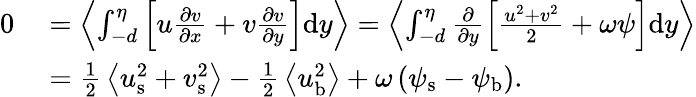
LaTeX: \begin{array}{rl}{0\ }&{=\left<\int_{-d}^{\eta}\left[u\frac{\partial v}{\partial x}+v\frac{\partial v}{\partial y}\right]\mathrm{d}y\right>=\left<\int_{-d}^{\eta}\frac{\partial}{\partial y}\left[\frac{u^{2}+v^{2}}{2}+\omega\psi\right]\mathrm{d}y\right>}\\ &{={\textstyle{\frac{1}{2}}}\left<{u}_{\mathrm{s}}^{2}+{v}_{\mathrm{s}}^{2}\right>-{\textstyle{\frac{1}{2}}}\left<{u}_{\mathrm{b}}^{2}\right>+\omega\, ({\psi}_{\mathrm{s}}-{\psi}_{\mathrm{b}}).}\end{array}